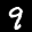
Label: 9